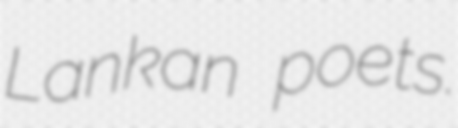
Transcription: Lankan poets.